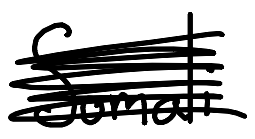
Text: Somali
Cross-out: scratch
Writing tool: digital_black